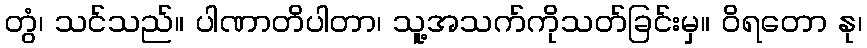
တွံ၊ သင်သည်။ ပါဏာတိပါတာ၊ သူ့အသက်ကိုသတ်ခြင်းမှ။ ဝိရတော နု၊